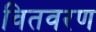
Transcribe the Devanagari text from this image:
वितवरण